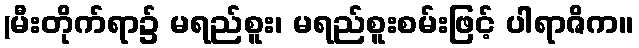
(မီးတိုက်ရာ၌ မရည်စူး၊ မရည်စူးစမ်းဖြင့် ပါရာဇိက။